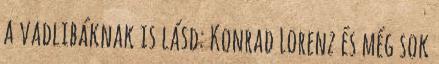
a vadlibáknak is lásd: Konrad Lorenz és még sok